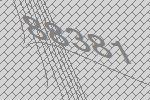
88381